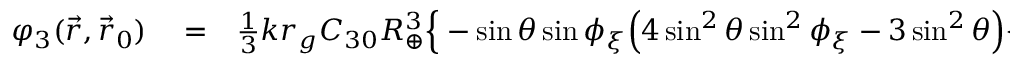
\begin{array} { r l r } { \varphi _ { 3 } ( \vec { r } , \vec { r } _ { 0 } ) } & { { } = } & { { \textstyle \frac { 1 } { 3 } } k r _ { g } C _ { 3 0 } R _ { \oplus } ^ { 3 } \Big \{ - \sin \theta \sin \phi _ { \xi } \Big ( 4 \sin ^ { 2 } \theta \sin ^ { 2 } \phi _ { \xi } - 3 \sin ^ { 2 } \theta \Big ) \Big \{ \frac { 1 } { b } \Big ( \frac { 1 } { r \big ( r + ( \vec { k } \cdot \vec { r } ) \big ) } - \frac { ( \vec { k } \cdot \vec { r } ) } { 2 r ^ { 3 } } \Big ) \Big \} + } \end{array}